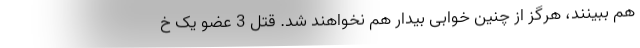
هم ببینند، هرگز از چنین خوابی بیدار هم نخواهند شد. قتل 3 عضو یک خ